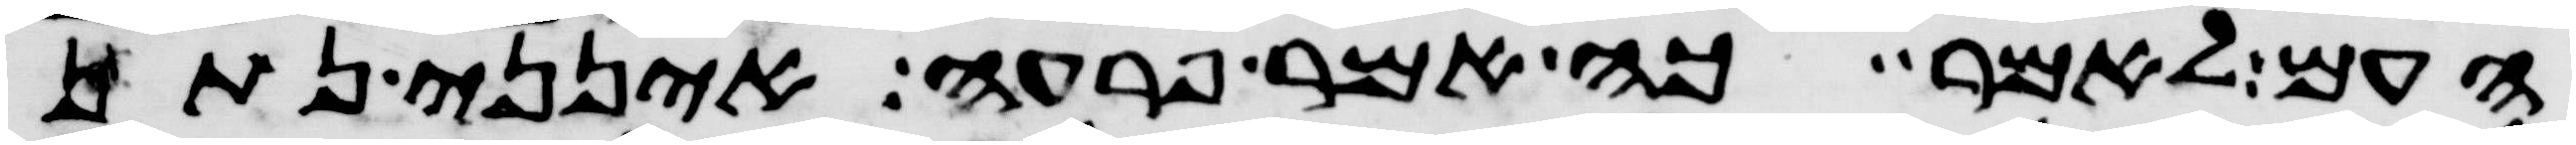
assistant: העם לאמר כה אמר פרעה אינני נתן